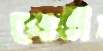
গোষ্ঠী